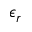
\epsilon _ { r }